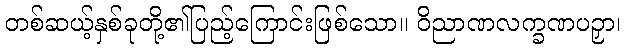
တစ်ဆယ့်နှစ်ခုတို့၏ပြည့်ကြောင်းဖြစ်သော။ ဝိညာဏလက္ခဏပဉှာ၊